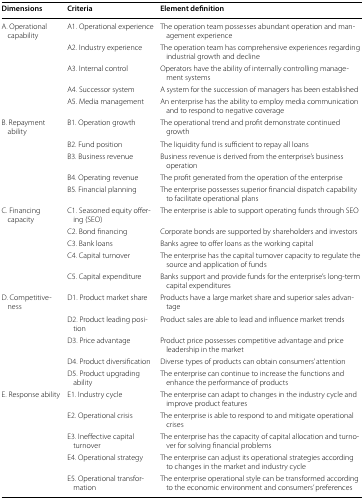
<table><thead><tr><td><b>Dimensions</b></td><td><b>Criteria</b></td><td><b>Element definition</b></td></tr></thead><tbody><tr><td>A. Operational capability</td><td>A1. Operational experience</td><td>The operation team possesses abundant operation and management experience</td></tr><tr><td></td><td>A2. Industry experience</td><td>The operation team has comprehensive experiences regarding industrial growth and decline</td></tr><tr><td></td><td>A3. Internal control</td><td>Operators have the ability of internally controlling management systems</td></tr><tr><td></td><td>A4. Successor system</td><td>A system for the succession of managers has been established</td></tr><tr><td></td><td>A5. Media management</td><td>An enterprise has the ability to employ media communication and to respond to negative coverage</td></tr><tr><td>B. Repayment ability</td><td>B1. Operation growth</td><td>The operational trend and profit demonstrate continued growth</td></tr><tr><td></td><td>B2. Fund position</td><td>The liquidity fund is sufficient to repay all loans</td></tr><tr><td></td><td>B3. Business revenue</td><td>Business revenue is derived from the enterprise’s business operation</td></tr><tr><td></td><td>B4. Operating revenue</td><td>The profit generated from the operation of the enterprise</td></tr><tr><td></td><td>B5. Financial planning</td><td>The enterprise possesses superior financial dispatch capability to facilitate operational plans</td></tr><tr><td>C. Financing capacity</td><td>C1. Seasoned equity offering (SEO)</td><td>The enterprise is able to support operating funds through SEO</td></tr><tr><td></td><td>C2. Bond financing</td><td>Corporate bonds are supported by shareholders and investors</td></tr><tr><td></td><td>C3. Bank loans</td><td>Banks agree to offer loans as the working capital</td></tr><tr><td></td><td>C4. Capital turnover</td><td>The enterprise has the capital turnover capacity to regulate the source and application of funds</td></tr><tr><td></td><td>C5. Capital expenditure</td><td>Banks support and provide funds for the enterprise’s long-term capital expenditures</td></tr><tr><td>D. Competitive-ness</td><td>D1. Product market share</td><td>Products have a large market share and superior sales advantage</td></tr><tr><td></td><td>D2. Product leading position</td><td>Product sales are able to lead and influence market trends</td></tr><tr><td></td><td>D3. Price advantage</td><td>Product price possesses competitive advantage and price leadership in the market</td></tr><tr><td></td><td>D4. Product diversification</td><td>Diverse types of products can obtain consumers’ attention</td></tr><tr><td></td><td>D5. Product upgrading ability</td><td>The enterprise can continue to increase the functions and enhance the performance of products</td></tr><tr><td>E. Response ability</td><td>E1. Industry cycle</td><td>The enterprise can adapt to changes in the industry cycle and improve product features</td></tr><tr><td></td><td>E2. Operational crisis</td><td>The enterprise is able to respond to and mitigate operational crises</td></tr><tr><td></td><td>E3. Ineffective capital turnover</td><td>The enterprise has the capacity of capital allocation and turnover for solving financial problems</td></tr><tr><td></td><td>E4. Operational strategy</td><td>The enterprise can adjust its operational strategies according to changes in the market and industry cycle</td></tr><tr><td></td><td>E5. Operational transformation</td><td>The enterprise operational style can be transformed according to the economic environment and consumers’ preferences</td></tr></tbody></table>